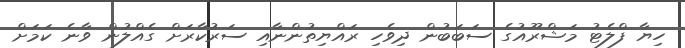
ހިޔާ ފްލެޓު މަޝްރޫއުގެ ސަބަބުން ދިވެހި ރައްޔިތުންނާއި ސަރުކާރަށް ގެއްލުން ވާނެ ކަމަށް